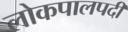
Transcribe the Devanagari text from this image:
लोकपालपदी